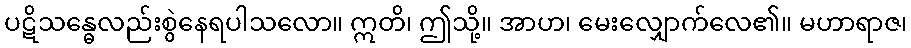
ပဋိသန္ဓေလည်းစွဲနေရပါသလော။ ဣတိ၊ ဤသို့။ အာဟ၊ မေးလျှောက်လေ၏။ မဟာရာဇ၊